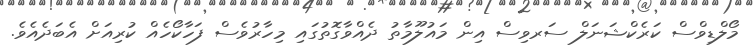
މޯލްޑިވްސް ކަރެކްޝަނަލް ސަރވިސް އިން މައުލޫމާތު ދެއްވާގޮތުގައި މިހާރުވެސް ފަހާކޯހެއް ކުރިއަށް އެބަދެއެވެ.